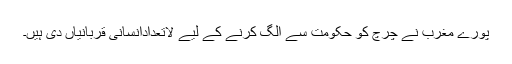
پورے مغرب نے چرچ کو حکومت سے الگ کرنے کے لیے لاتعدادانسانی قربانیاں دی ہیں۔